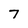
Character: 7